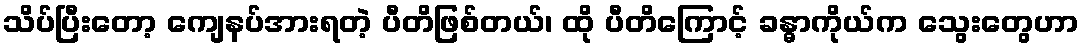
သိပ်ပြီးတော့ ကျေနပ်အားရတဲ့ ပီတိဖြစ်တယ်၊ ထို ပီတိကြောင့် ခန္ဓာကိုယ်က သွေးတွေဟာ